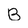
Character: B